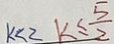
k < 2 k \leq \frac { 5 } { 2 }